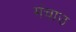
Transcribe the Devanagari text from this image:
मंचाउ